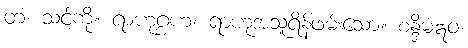
တံ၊ သင့်ကို။ ရာဟုဂ္ဂဟံ၊ ရာဟုအသူရိန်ဖမ်းသော။ စန္ဒိမံဣဝ၊